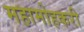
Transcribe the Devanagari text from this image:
महामोहकरी